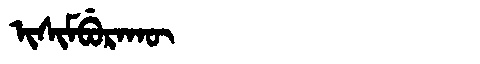
Manchu: ᡳᠰᡳᠮᠪᡠᡵᠠᡴᡡ
Romanization: ISIMBURAKŪ